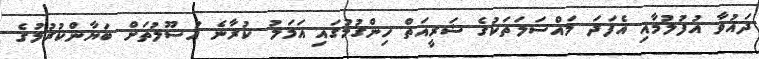
ދައުވާ އުފުލުމާއި އެފަދަ މައްސަލަތަކުގެ ޝަރީއަތް ހިންގުމުގައި އަމަލު ކުރާނެ އުސޫލުތަށް ބަޔާންކުރުމުގެ